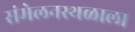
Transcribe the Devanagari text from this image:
संमेलनस्थळाला